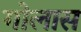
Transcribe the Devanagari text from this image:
गोलास